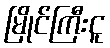
မြိုင်ကြီးငူ